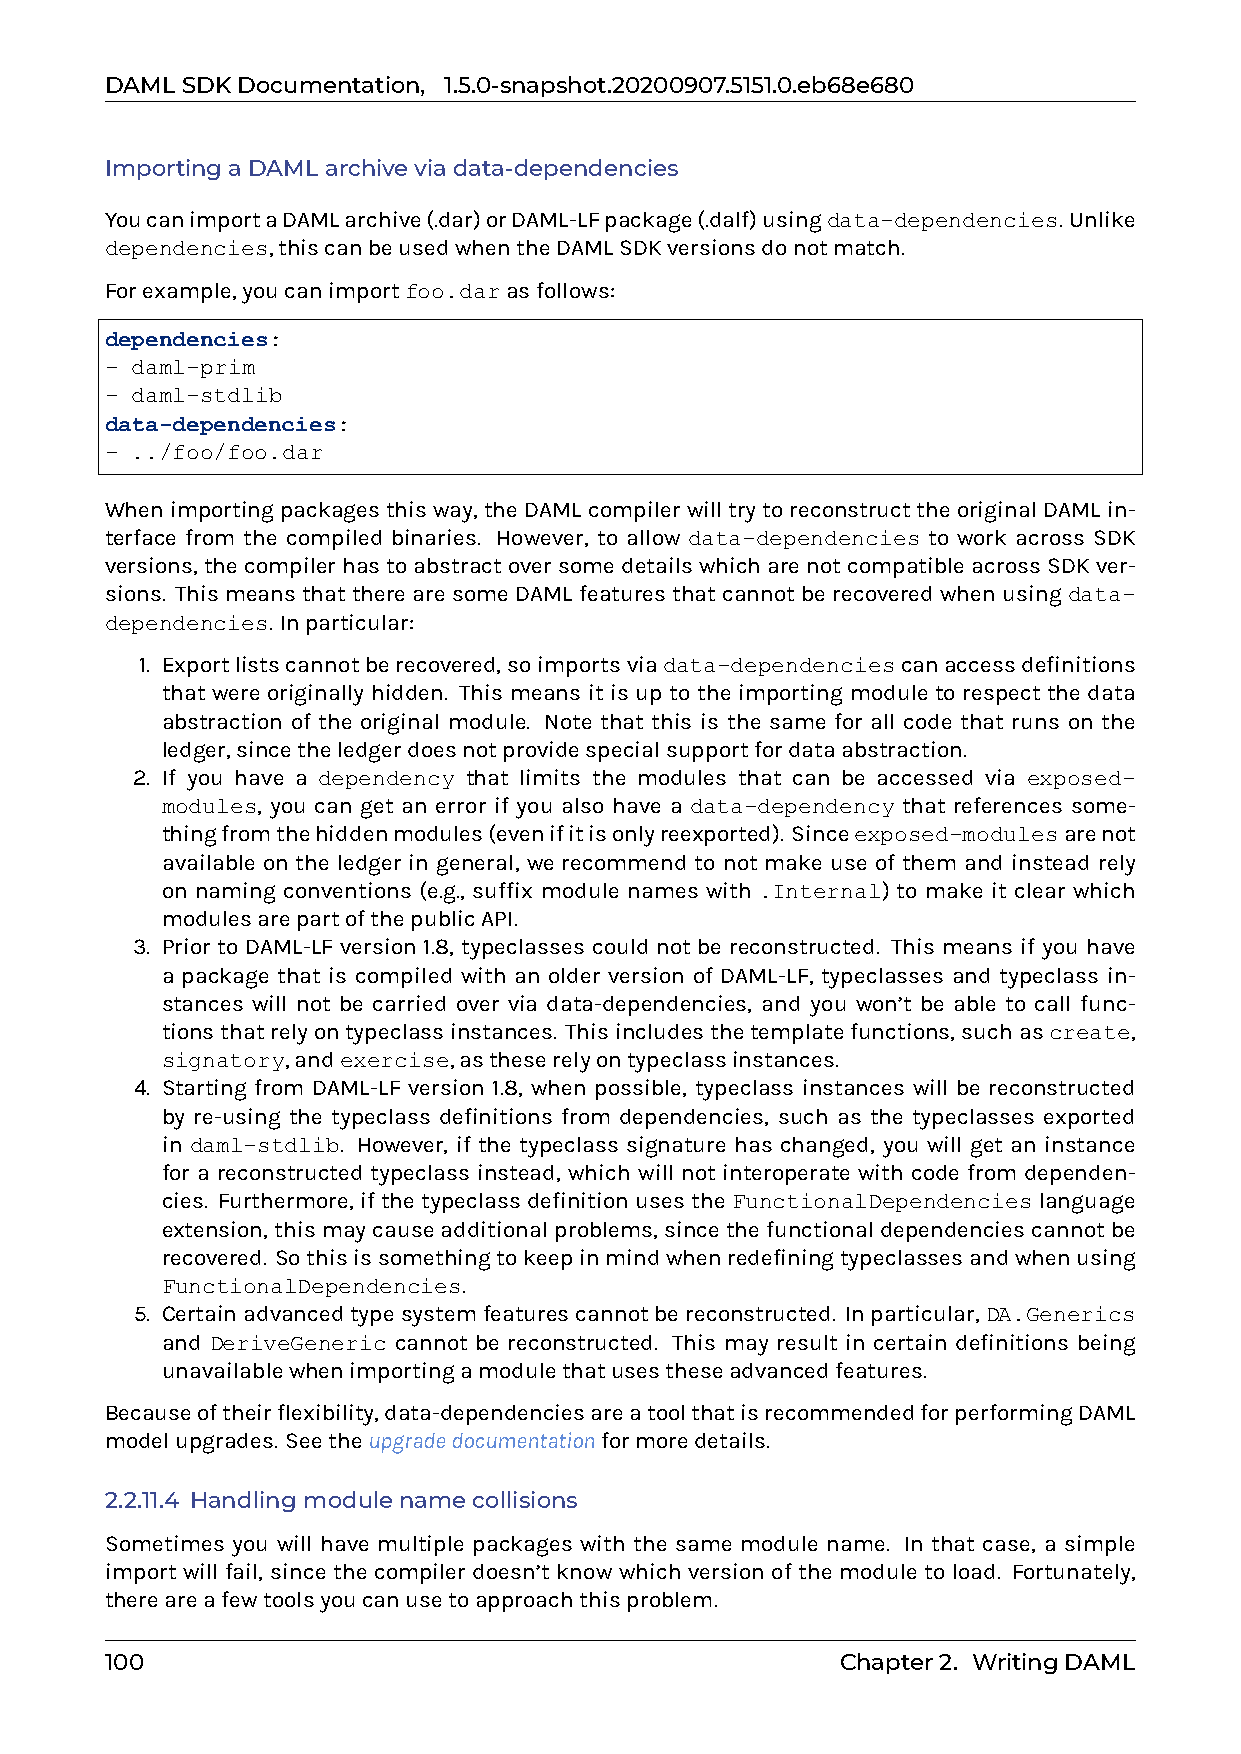
DAMLSDKDocumentation, 1.5.0-snapshot.20200907.5151.0.eb68e680
 ImportingaDAMLarchiveviadata-dependencies
 YoucanimportaDAMLarchive(.dar)orDAML-LFpackage(.dalf)usingdata-dependencies. Unlike
 dependencies,thiscanbeusedwhentheDAMLSDKversionsdonotmatch.
 Forexample,youcanimportfoo.darasfollows:
 dependencies:
 - daml-prim
 - daml-stdlib
 data-dependencies:
 - ../foo/foo.dar
 Whenimportingpackagesthisway,theDAMLcompilerwilltrytoreconstructtheoriginalDAMLin-
 terface from the compiled binaries. However, to allow data-dependencies to work across SDK
 versions,thecompilerhastoabstractoversomedetailswhicharenotcompatibleacrossSDKver-
 sions. ThismeansthattherearesomeDAMLfeaturesthatcannotberecoveredwhenusingdata-
 dependencies. Inparticular:
 1. Exportlistscannotberecovered,soimportsviadata-dependenciescanaccessdefinitions
 that were originally hidden. This means it is up to the importing module to respect the data
 abstraction of the original module. Note that this is the same for all code that runs on the
 ledger,sincetheledgerdoesnotprovidespecialsupportfordataabstraction.
 2. If you have a dependency that limits the modules that can be accessed via exposed-
 modules, you can get an error if you also have a data-dependency that references some-
 thingfromthehiddenmodules(evenifitisonlyreexported). Sinceexposed-modulesarenot
 available on the ledger in general, we recommend to not make use of them and instead rely
 on naming conventions (e.g., suffix module names with .Internal) to make it clear which
 modulesarepartofthepublicAPI.
 3. Prior to DAML-LF version 1.8, typeclasses could not be reconstructed. This means if you have
 a package that is compiled with an older version of DAML-LF, typeclasses and typeclass in-
 stances will not be carried over via data-dependencies, and you won’t be able to call func-
 tionsthatrelyontypeclassinstances. Thisincludesthetemplatefunctions,suchascreate,
 signatory,andexercise,astheserelyontypeclassinstances.
 4. Starting from DAML-LF version 1.8, when possible, typeclass instances will be reconstructed
 by re-using the typeclass definitions from dependencies, such as the typeclasses exported
 in daml-stdlib. However, if the typeclass signature has changed, you will get an instance
 for a reconstructed typeclass instead, which will not interoperate with code from dependen-
 cies. Furthermore, if the typeclass definition uses the FunctionalDependencies language
 extension,thismaycauseadditionalproblems,sincethefunctionaldependenciescannotbe
 recovered. Sothisissomethingtokeepinmindwhenredefiningtypeclassesandwhenusing
 FunctionalDependencies.
 5. Certainadvancedtypesystemfeaturescannotbereconstructed. Inparticular,DA.Generics
 and DeriveGeneric cannot be reconstructed. This may result in certain definitions being
 unavailablewhenimportingamodulethatusestheseadvancedfeatures.
 Becauseoftheirflexibility,data-dependenciesareatoolthatisrecommendedforperformingDAML
 modelupgrades. Seetheupgradedocumentationformoredetails.
 2.2.11.4 Handlingmodulenamecollisions
 Sometimes you will have multiple packages with the same module name. In that case, a simple
 import will fail, since the compiler doesn’t know which version of the module to load. Fortunately,
 thereareafewtoolsyoucanusetoapproachthisproblem.
 100                                              Chapter2. WritingDAML